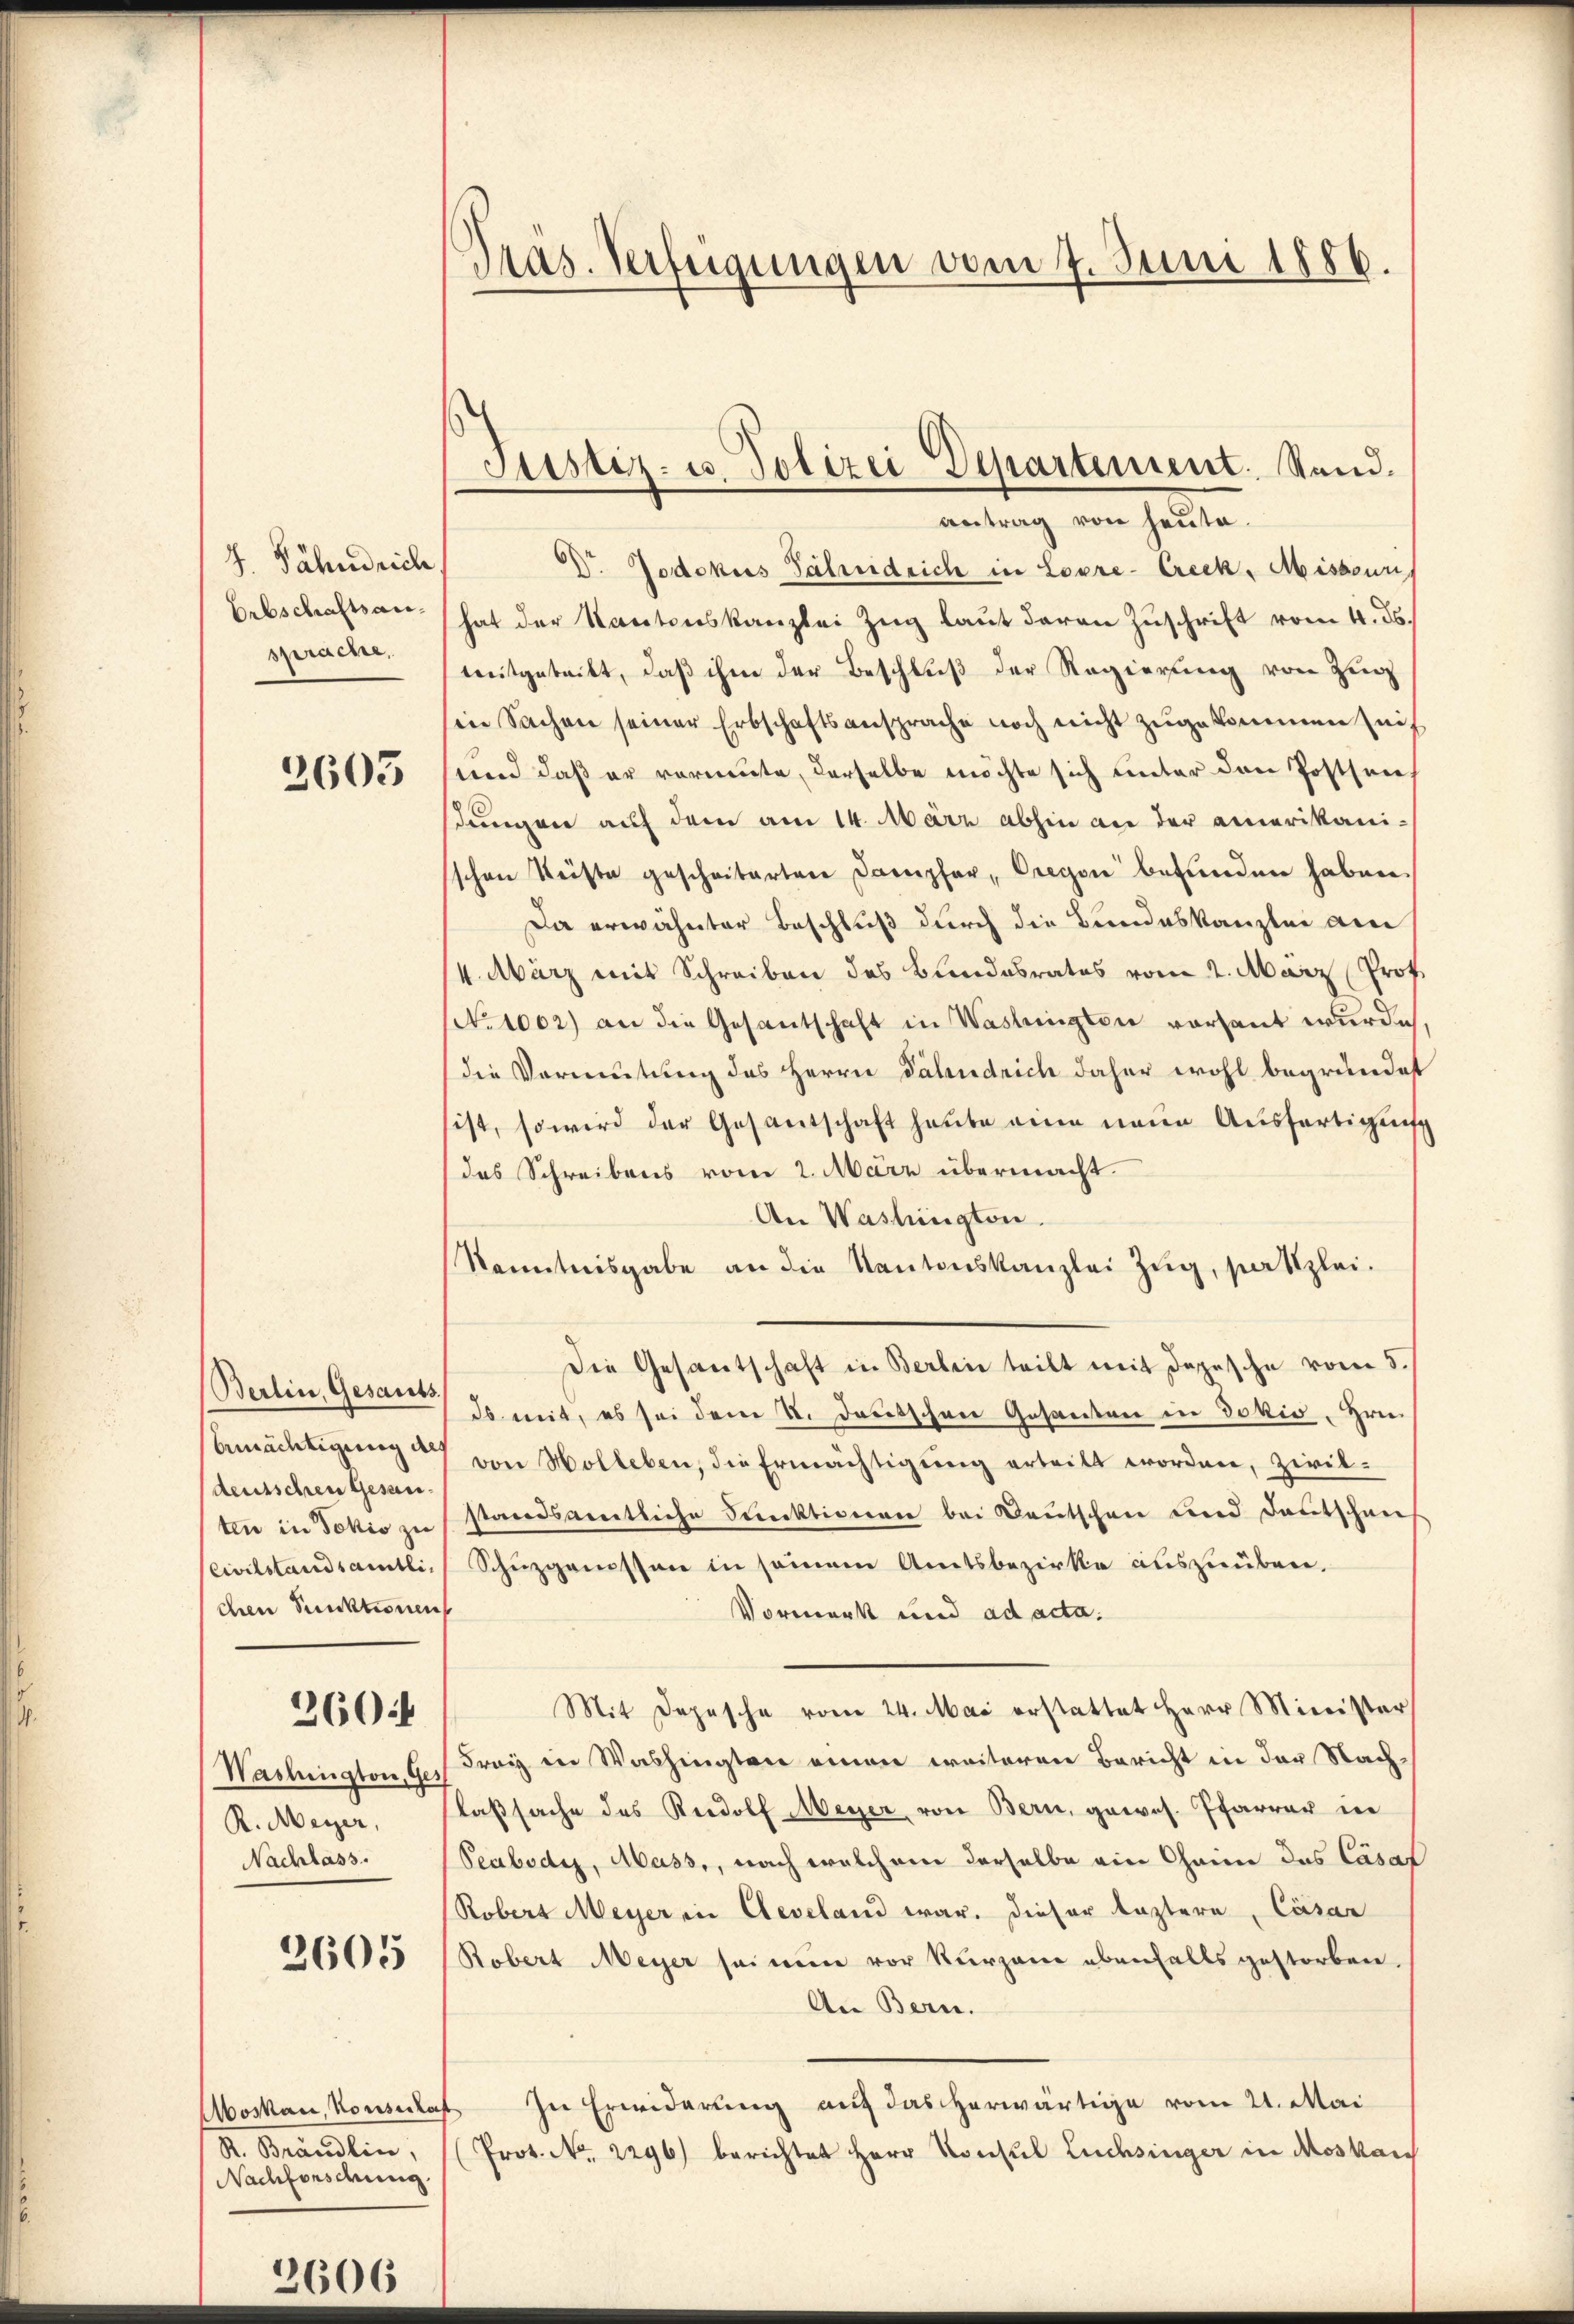
J. Dähndrich
Erbschaftsansprache,

2605

Berlin, Gesants.
Ermächtigung als
deutschen Gesanchen Punktionen

260:

Washington, Ge
R. Meyer,
Nachlass.

2605

R. Brändlin,
Nachforschung

1.
606
e

Pras. Verfügungen vom 7. Juni 1886.

antrag von heute.
DDr. Jodokus Jahrendrich in Lovre-Creck, Misseur.
hat der Nantonskanzlei Zug laut daran Zuschrift vom 4. ds.
mitgeteilt, daß ihm der Beschluß der Regierung von Zug
in Sachen seiner Erbschaftsansprache noch nicht zugekommen sei,
sund daß er vermute, derselbe möchte sich unter den Postsen,
stungen auf dem am 14. März abhin an der amerikani-
schen Leiste geschritarten Dampfer, Bregen befunden haben
Da erwähnter Beschluß durch die Bundeskanzlei am
14. März mit Schreiben des Bundesrates vom 2. März Prof.
No 1002) an die Gesantschaft in Washingten vorhant wurde
(die Vormutung des Herrn Dähndrich daher wohl begründet
ist, so wird der Gesantschaft heute eine neue Ausfertigung
das Schreibens vom 2. März übermacht.
An Washington.
Kenntnisgabe an die Kantonskanzlei Zug, setzlei.
Die Gesandtschaft in Berlin teilt mit Depesche vom 5.
ds mit, es sei dem 2. Deutschen Gesandten in Jokio, Hrn.
von Holleben, die Ermächtigŭng erteilt worden, Zivik-
ten in Jokio zu standsamtliche Funktionen bei Deutschen und Deutschaus
Civilstandsamtli, Schuzgenossen in seinem Amtsbezirke auszuüben.
Vormerk und ad acta.
Mit Depesche vom 24. Mai erstattet Herr Minister
Fray in Washingten einen weiteren Bericht in der Nachlaßsache des Rudolf Meyer, von Bern, gewes. Pfarrer in
Peabody, Mass, nach welchem derselbe ein Chain des Casaf
Robert Meyer in Aeveland war. Dieser leztere, Cäsar
Robert Meyer sei mein vor kurzene ebenfalls gestorben.
An Bern.
Moskau, Konsulat In Erwiderung auf das herwärtige vom 21. Mai
Prot. No. 2296) berichtet Herr Konsul Lüchsinger in Moskau

Justiz- u. Polizei Departement. Stand.